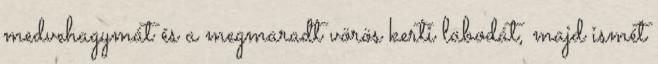
medvehagymát és a megmaradt vörös kerti labodát, majd ismét